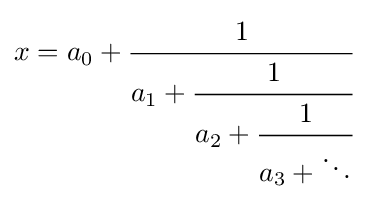
x=a_{0}+{\cfrac {1}{a_{1}+{\cfrac {1}{a_{2}+{\cfrac {1}{a_{3}+\ddots }}}}}}